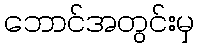
ဘောင်အတွင်းမှ